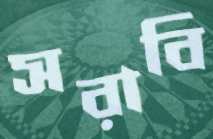
সরাবি